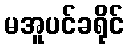
မအူပင်ခရိုင်